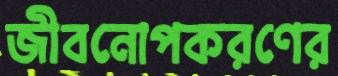
জীবনোপকরণের